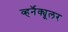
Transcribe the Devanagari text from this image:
व्हर्नॅक्यूलर